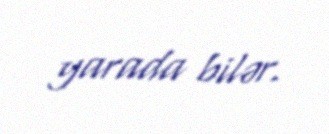
yarada bilər.